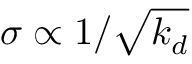
\sigma \propto 1 / \sqrt { k _ { d } }